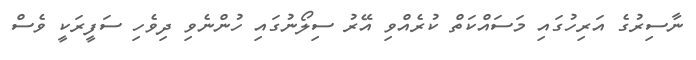
ނާސިރުގެ އަރިހުގައި މަސައްކަތް ކުރެއްވި އޭރު ސިލޯނުގައި ހުންނެވި ދިވެހި ސަފީރަކީ ވެސް